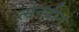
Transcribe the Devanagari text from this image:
त्सेनदीन